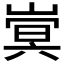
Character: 𫶍